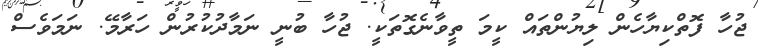
ޖުހާ ފޮތްކިޔާހެން ލިޔުންތައް ކީމަ ތީވާނެގޮތަކީ. ޖުހާ ބުނީ ނަމާދުކުރުން ހަރާމޭ. ނަމަވެސް